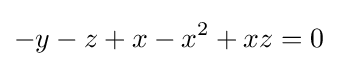
-y-z+x-x^{2}+xz=0